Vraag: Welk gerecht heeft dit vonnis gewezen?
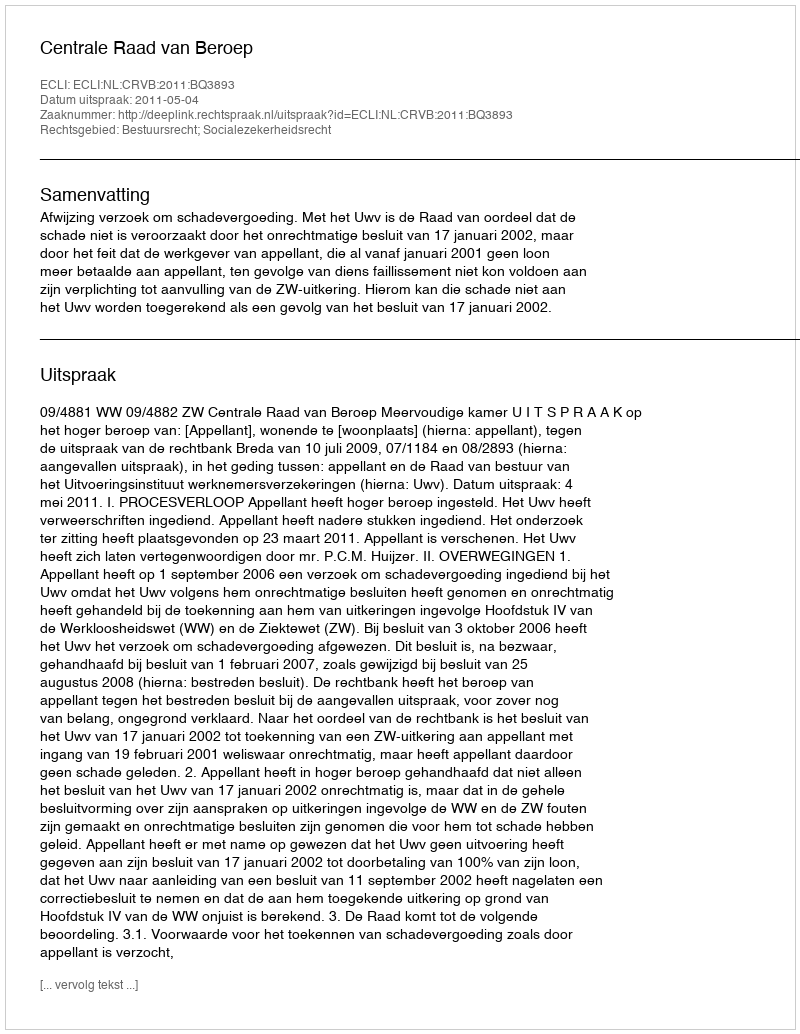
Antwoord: Centrale Raad van Beroep